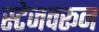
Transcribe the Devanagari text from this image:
स्टेजवरून